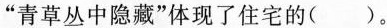
“青草从中隐藏”体现了住宅的( )。